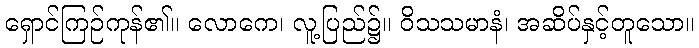
ရှောင်ကြဉ်ကုန်၏။ လောကေ၊ လူ့ပြည်၌။ ဝိသသမာနံ၊ အဆိပ်နှင့်တူသော။